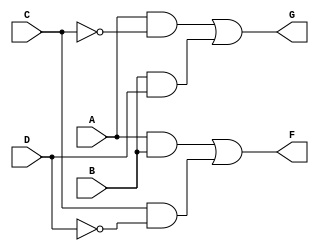
module combinational_logic (
    input wire A,  // Input variable A
    input wire B,  // Input variable B
    input wire C,  // Input variable C
    input wire D,  // Input variable D
    output wire F, // Output variable F
    output wire G  // Output variable G
);

// Simplified Boolean expressions derived from K-map
// Example expressions (these should be replaced with actual simplified expressions):
assign F = (A & B) | (C & ~D); // Example: F = AB + C'D
assign G = (A & ~C) | (B & D);  // Example: G = A'C + BD

endmodule